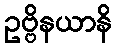
ဥဗ္ဗိနယာနိ